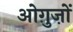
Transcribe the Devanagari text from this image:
ओग़ुज़ों